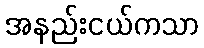
အနည်းငယ်ကသာ